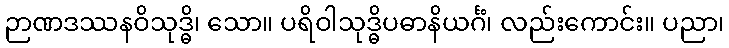
ဉာဏဒဿနဝိသုဒ္ဓိ၊ သော။ ပရိဝါသုဒ္ဓိပဓာနိယင်္ဂံ၊ လည်းကောင်း။ ပညာ၊